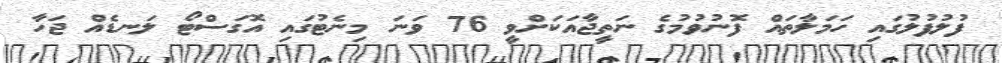
ފުލުފުލުގައި ހަމަލާތައް ފޮނުވުމުގެ ނަތީޖާއަކަށްވީ 76 ވަނަ މިނެޓުގައި އޮގަސްޓޯ ލަނޑެއް ޖަހާ